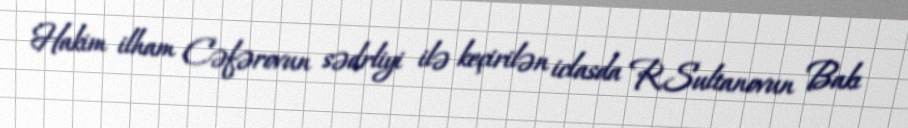
Hakim ilham Cəfərovun sədrliyi ilə keçirilən iclasda R.Sultanovun Bakı